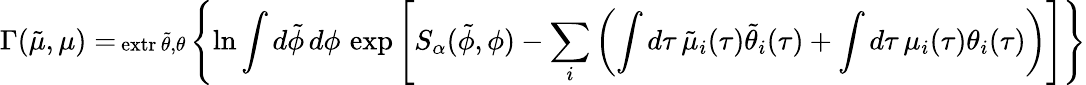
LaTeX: \Gamma(\tilde{\mu},\mu)=\substack{\mathrm{\normalsize~extr}\, \tilde{\theta},\theta}\left\lbrace\ln\int d\tilde{\phi}\, d\phi\, \exp\left[S_{\alpha}(\tilde{\phi},\phi)-\sum_{i}\left(\int d\tau\, \tilde{\mu}_{i}(\tau)\tilde{\theta}_{i}(\tau)+\int d\tau\, \mu_{i}(\tau)\theta_{i}(\tau)\right)\right]\right\rbrace